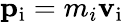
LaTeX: \mathbf{p}_{\mathrm{{i}}}=m_{i}\mathbf{v}_{\mathrm{{i}}}\,